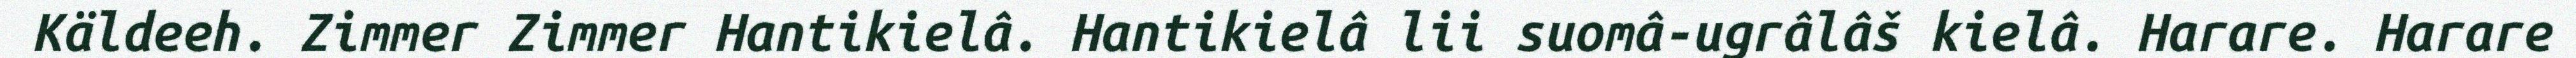
Käldeeh. Zimmer Zimmer Hantikielâ. Hantikielâ lii suomâ-ugrâlâš kielâ. Harare. Harare